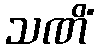
သဏိံ